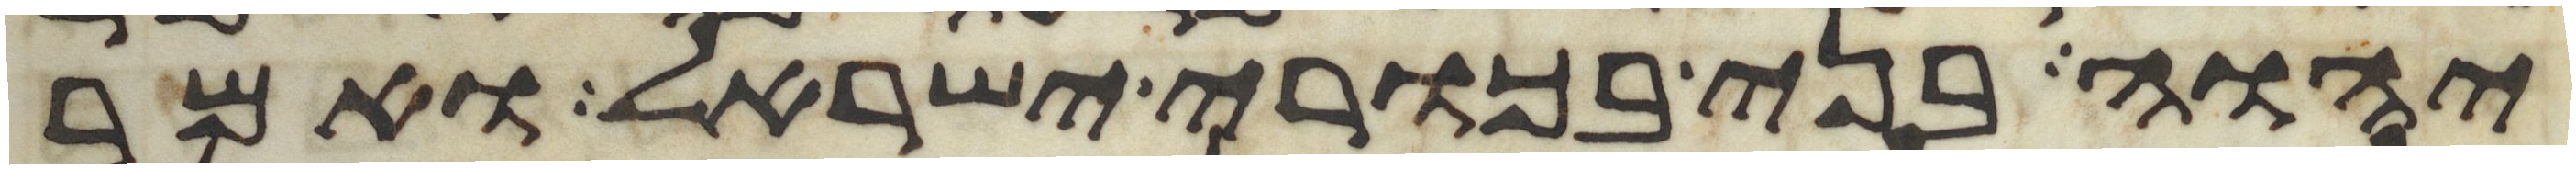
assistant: יהוה בני בכורי ישראל ואמר